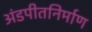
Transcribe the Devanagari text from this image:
अंडपीतनिर्माण